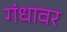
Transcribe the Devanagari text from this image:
गंधावर